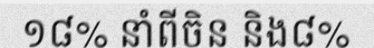
១៨% នាំពីចិន និង៨%